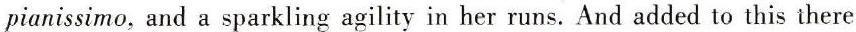
pianissimo, and a sparkling agility in her runs. And added to this there